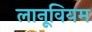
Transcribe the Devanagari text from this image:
लानूवियम